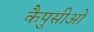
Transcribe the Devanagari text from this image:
कैपुसीओ